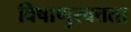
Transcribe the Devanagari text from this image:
विषाणुरक्तता